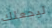
ليجعلك